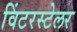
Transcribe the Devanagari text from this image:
विंटरस्टेलर